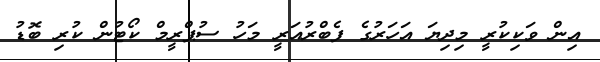
އިން ވަކިކުރީ މިދިޔަ އަހަރުގެ ފެބްރުއަރީ މަހު ސުޕްރީމް ކޯޓުން ކުރި ބޮޑު